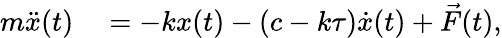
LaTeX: \begin{array}{rl}{m\ddot{x}(t)}&{{}=-kx(t)-(c-k\tau)\dot{x}(t)+\vec{F}(t),}\end{array}